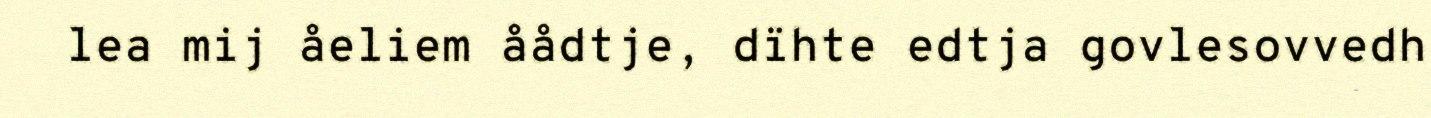
lea mij åeliem åådtje, dïhte edtja govlesovvedh